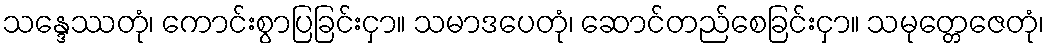
သန္ဒေဿတုံ၊ ကောင်းစွာပြခြင်းငှာ။ သမာဒပေတုံ၊ ဆောင်တည်စေခြင်းငှာ။ သမုတ္တေဇေတုံ၊